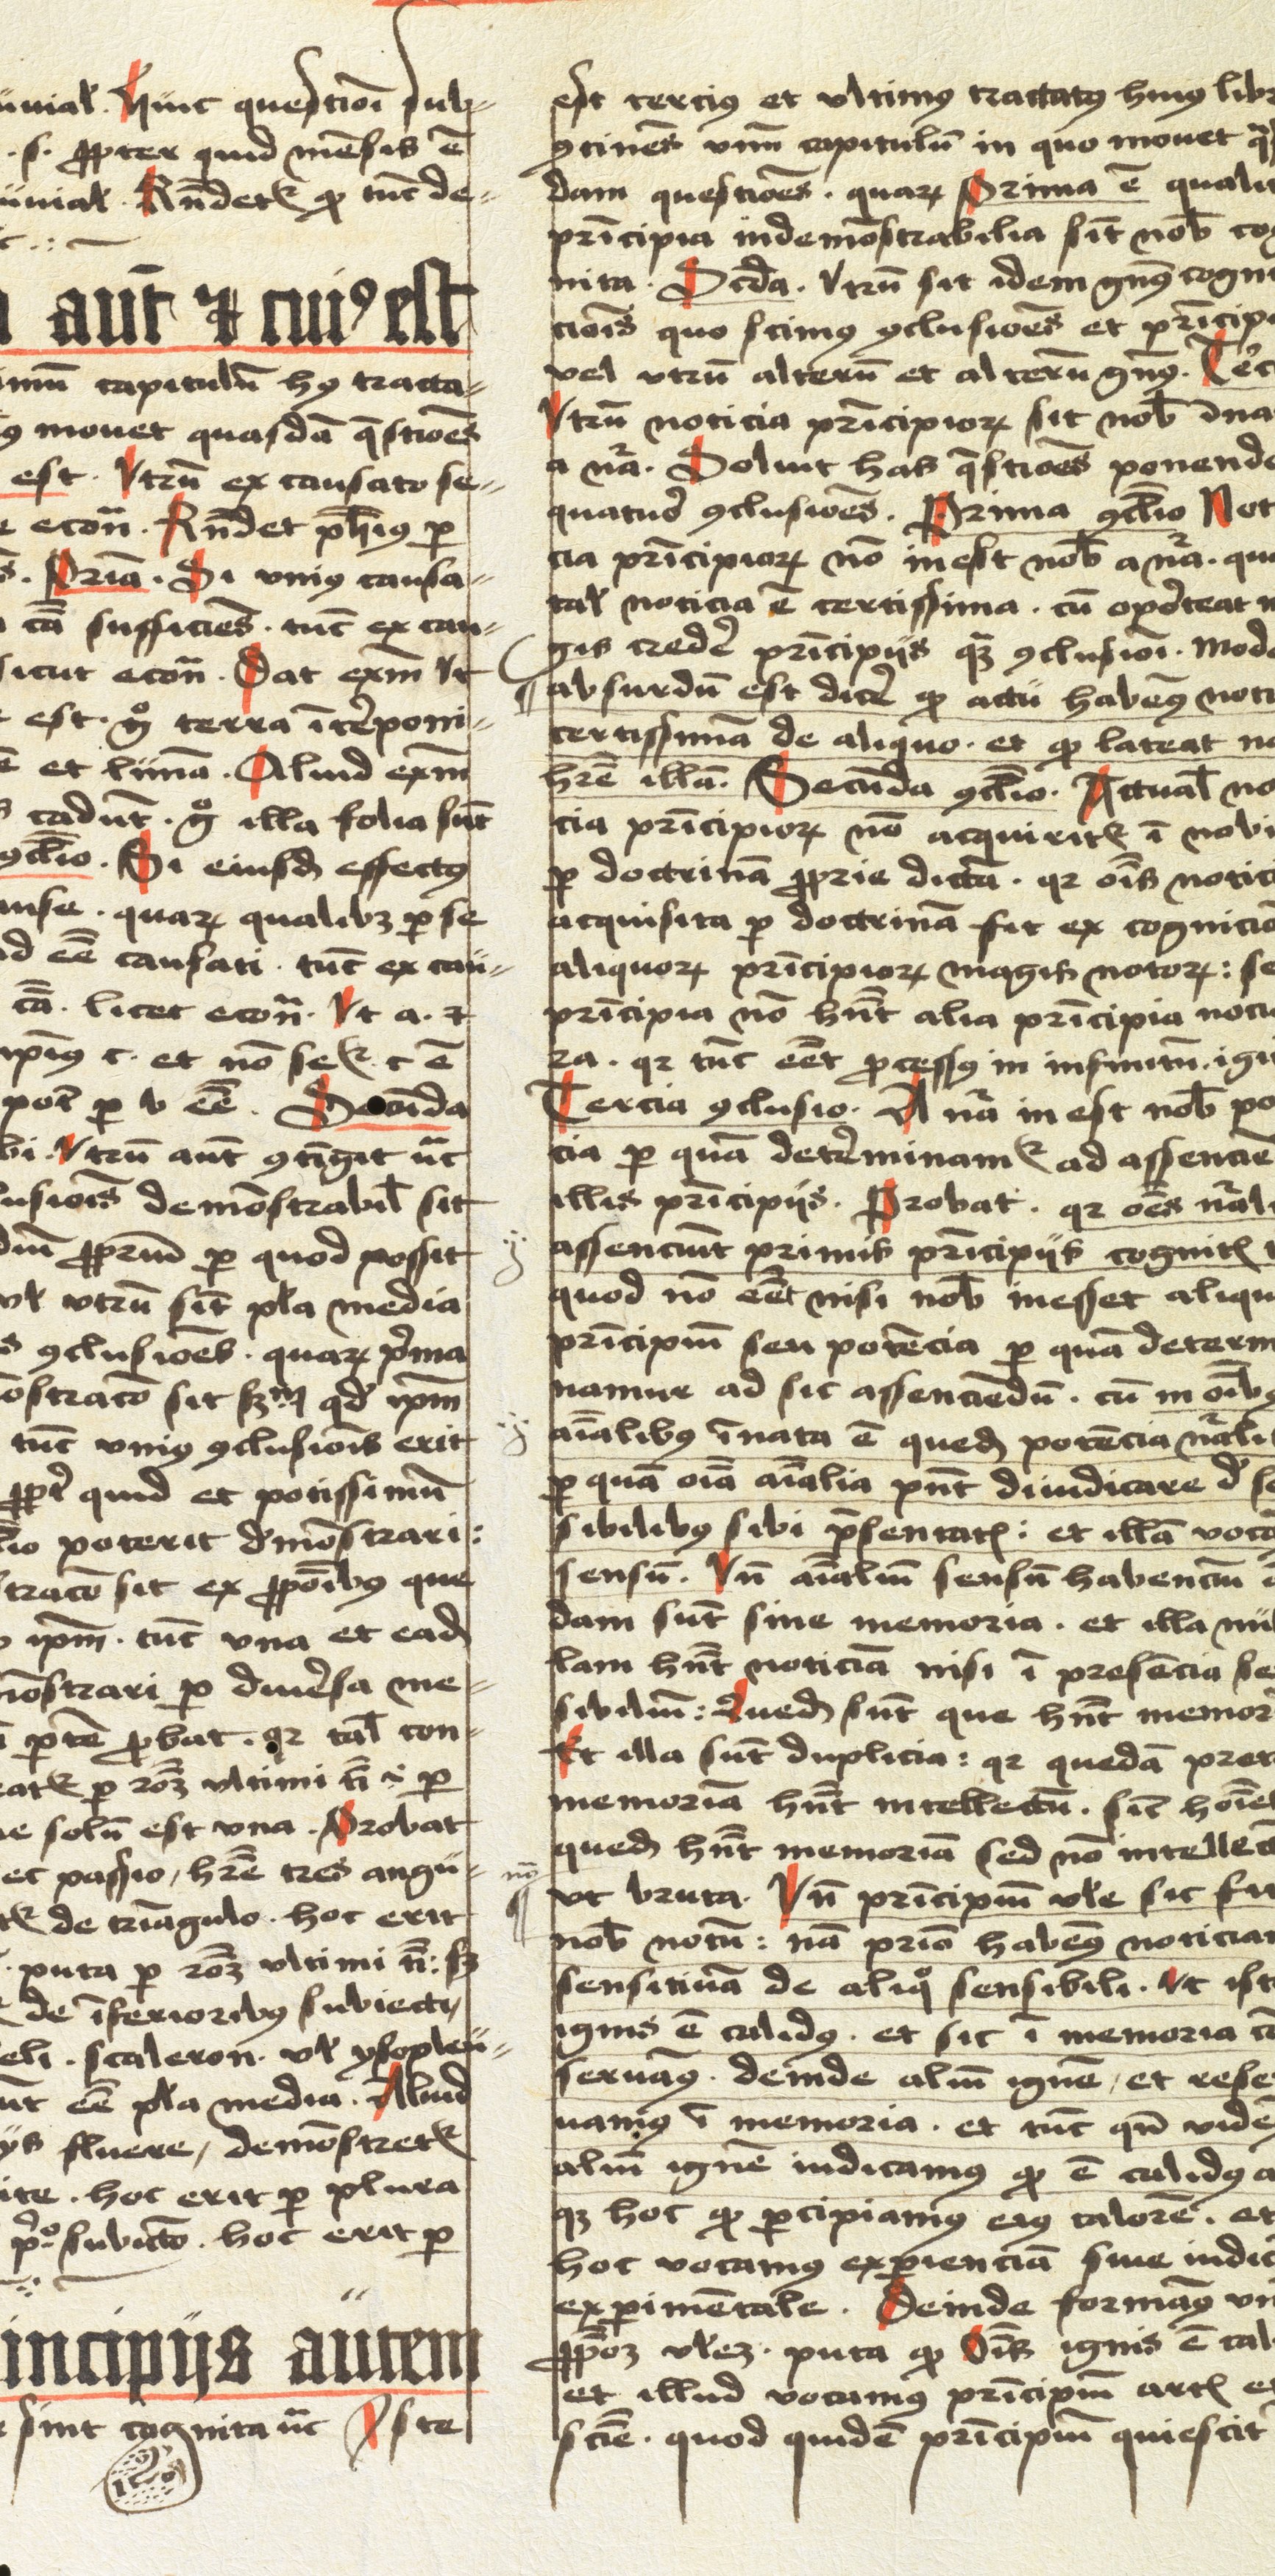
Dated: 1498–1499